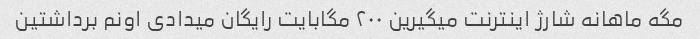
مگه ماهانه شارژ اینترنت میگیرین ۲۰۰ مگابایت رایگان میدادی اونم برداشتین